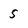
Character: 5